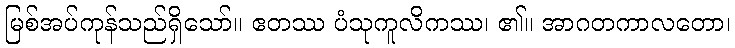
မြစ်အပ်ကုန်သည်ရှိသော်။ ဧတဿ ပံသုကူလိကဿ၊ ၏။ အာဂတကာလတော၊